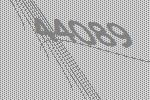
44089